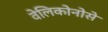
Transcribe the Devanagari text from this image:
वेलिकोनोसे